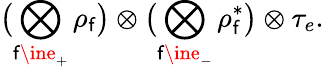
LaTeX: \bigl(\bigotimes_{\mathsf{f}\ine_{+}}\rho_{\mathsf{f}}\bigr)\otimes\bigl(\bigotimes_{\mathsf{f}\ine_{-}}\rho_{\mathsf{f}}^{\ast}\bigr)\otimes\tau_{e}.